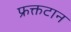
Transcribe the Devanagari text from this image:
फ्रक्तटान